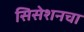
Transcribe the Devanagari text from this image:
सिसेशनचा